Indian journal of veterinary science and animal husbandry - Volume 6,
Year: 1936
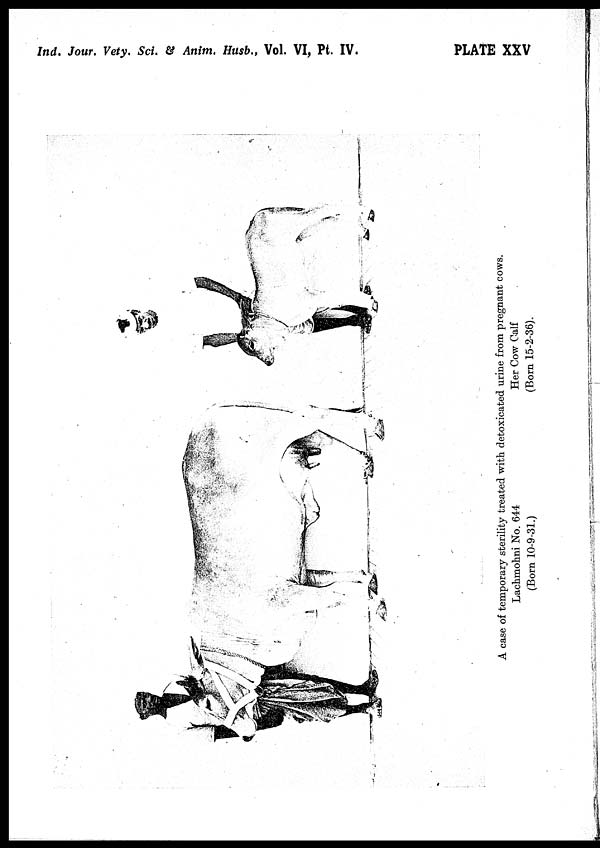
Ind. Jour. Vety. Sci. & Anim. Husb., Vol. VI, Pt. IV.
PLATE XXV
A case of temporary sterility treated with detoxicated urine from pregnant cows.
Lachmohni No. 644
(Born 10-9-31.)
Her Cow Calf
(Born 15-2-36).